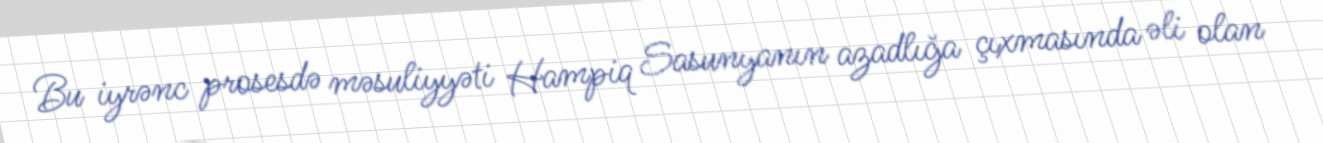
Bu iyrənc prosesdə məsuliyyəti Hampiq Sasunyanın azadlığa çıxmasında əli olan